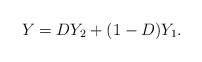
LaTeX: \begin{align*}Y = D Y_2 + (1-D) Y_1.\end{align*}